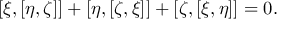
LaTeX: [ \xi , [ \eta , \zeta ] ] + [ \eta , [ \zeta , \xi ] ] + [ \zeta , [ \xi , \eta ] ] = 0 .